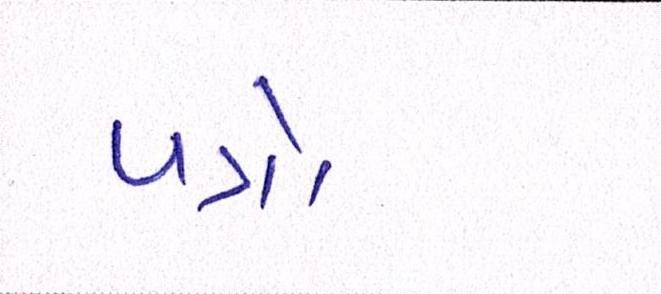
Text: પત્રો